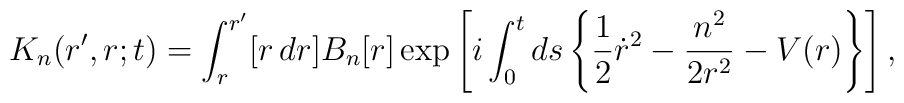
K_n(r',r;t)	= 	\int_{r}^{r'} [r \,dr] 	B_n [r]	\exp	\left[		i \int_0^t ds		\left\{		\frac12 \dot{r}^2 - \frac{n^2}{2 r^2} - V(r)		\right\}	\right],